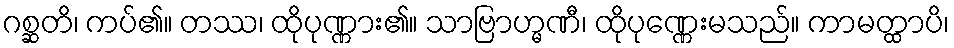
ဂစ္ဆတိ၊ ကပ်၏။ တဿ၊ ထိုပုဏ္ဏား၏။ သာဗြာဟ္မဏီ၊ ထိုပုဏ္ဏေးမသည်။ ကာမတ္ထာပိ၊